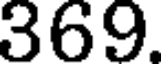
369.